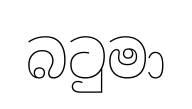
බටුමා